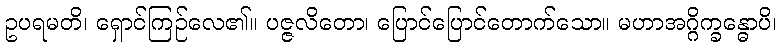
ဥပရမတိ၊ ရှောင်ကြဉ်လေ၏။ ပဇ္ဇလိတော၊ ပြောင်ပြောင်တောက်သော။ မဟာအဂ္ဂိက္ခန္ဓောပိ၊